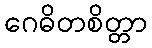
ဂေဓိတစိတ္တာ